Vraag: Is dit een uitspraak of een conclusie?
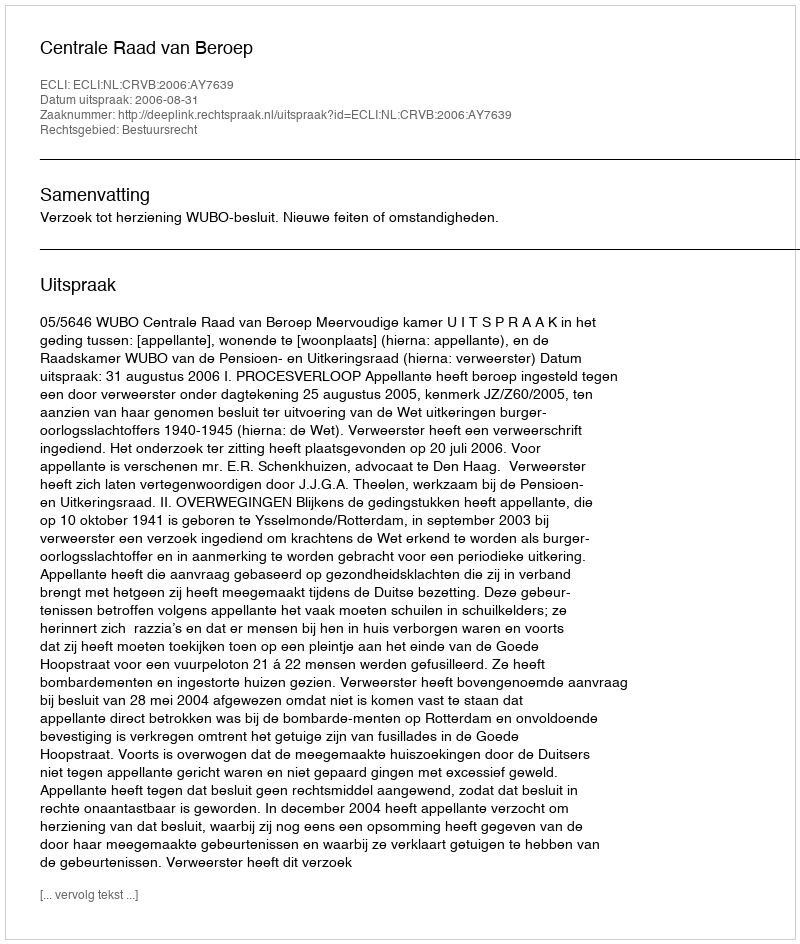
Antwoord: Uitspraak